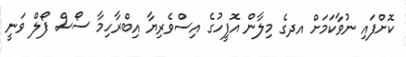
ކޮށްފައި ނުވާކަމަށް އދގެ މިލާން އޮފީހުގެ އިސްވެރިޔާ އިބްރާހިމާ ސޯސް ފޯލް ވަނީ